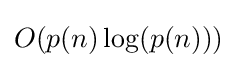
O(p(n)\log(p(n)))